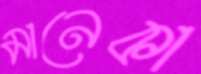
মানেকা